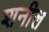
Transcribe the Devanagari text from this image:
शनील